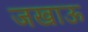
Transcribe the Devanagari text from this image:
जखाऊ